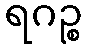
ရဂဉ္စ